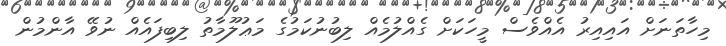
މިހާތަނަށް އައިއިރު އެއްވެސް މީހަކަށް ގެއްލުމެއް ލިބުނުކަމުގެ މަޢުލޫމާތު ލިބިފައެއް ނުވޭ އާންމުން